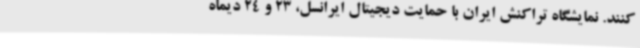
کنند. نمایشگاه تراکنش ایران با حمایت دیجیتال ایرانسل، 23 و 24 دیماه